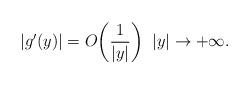
LaTeX: \begin{align*}|g'(y)|=O\bigg(\frac{1}{|y|}\bigg)\;\;|y|\rightarrow+\infty.\end{align*}